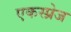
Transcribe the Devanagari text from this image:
एकस्प्रेज